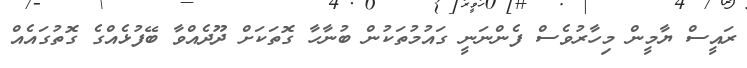
ރައީސް ޔާމީން މިހާރުވެސް ފެންނަނީ ގައުމުތަކުން ބުނާހާ ގޮތަކަށް ދޫދެއްވާ ބޭފުޅެއްގެ ގޮތުގައެއް